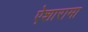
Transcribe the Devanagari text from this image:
ऐशारामा